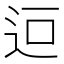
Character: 𮞄